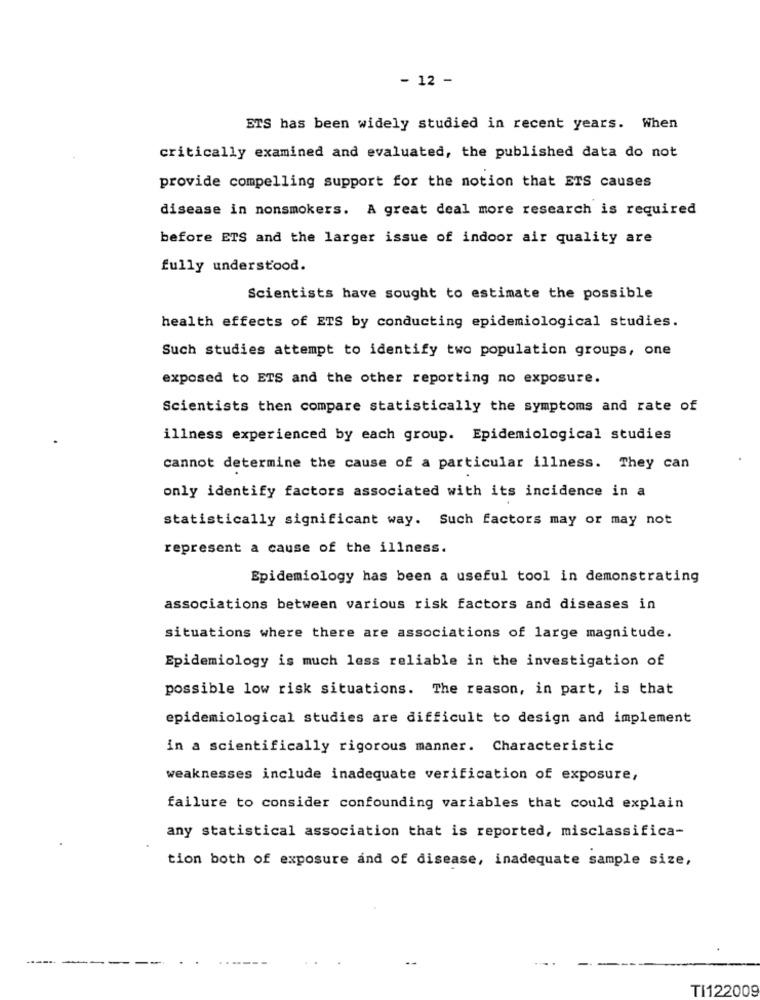
- 12 -
ETS has been widely studied in recent years. When
critically examined and evaluated, the published data do not
provide compelling support for the notion that ETS causes
disease in nonsmokers. A great deal more research is required
before ETS and the larger issue of indoor air quality are
fully understood.
Scientists have sought to estimate the possible
health effects of ETS by conducting epidemiological studies.
Such studies attempt to identify two population groups, one
exposed to ETS and the other reporting no exposure.
Scientists then compare statistically the symptoms and rate of
illness experienced by each group. Epidemiological studies
cannot determine the cause of a particular illness. They can
only identify factors associated with its incidence in a
statistically significant way. Such factors may or may not
represent a cause of the illness.
Epidemiology has been a useful tool in demonstrating
associations between various risk factors and diseases in
situations where there are associations of large magnitude.
Epidemiology is much less reliable in the investigation of
possible low risk situations. The reason, in part, is that
epidemiological studies are difficult to design and implement
in a scientifically rigorous manner. Characteristic
weaknesses include inadequate verification of exposure,
failure to consider confounding variables that could explain
any statistical association that is reported, misclassifica-
tion both of exposure and of disease, inadequate sample size,
TI122009